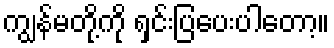
ကျွန်မတို့ကို ရှင်းပြပေးပါတော့။